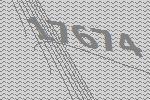
17674